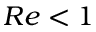
R e < 1